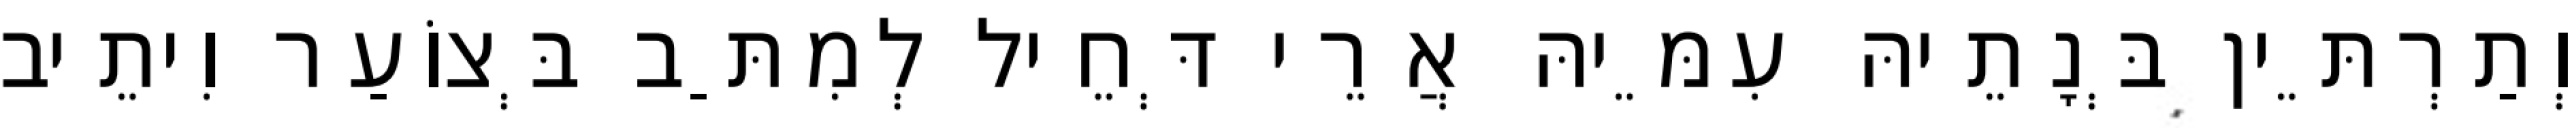
וְתַרְתֵּין בְּנָתֵיהּ עִמֵּיהּ אֲרֵי דְּחֵיל לְמִתַּב בְּצוֹעַר וִיתֵיב